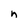
Character: n